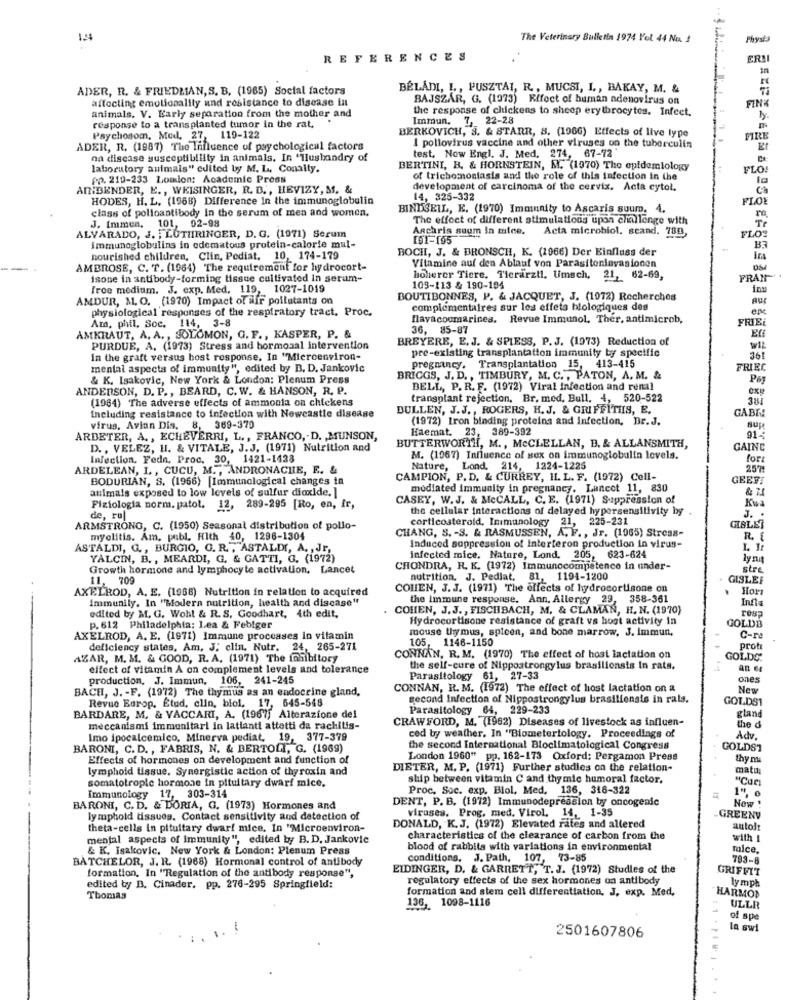
124
The Veterinary Bulletin 1974 Yol 44 No. !
REFERENCES
ER!I
ADER, R. & FRIEDMAN, S. B. (1965) Social factors
BELÁDI, I ., PUSZTAI, R ., MUCSI, I ., BAKAY, M. &
affecting emotionality und resistance to disease in
BAJSZÁR, G. (1973) Effect of human adenovirus on
FINK
animals. V. Early separation from the mother and
the response of chickens to sheep erythrocytes. Infect.
Immun. 7, 22-28
response to a transplanted tumor in the rat,
BERKOVICH, S. & STARR, 8. (1966) Effects of live type
Psychosom, Med. 27, 119-122
FIRE
ADER, R. (1987) The Influence of psychological factors
I pollovirus vaccine and other viruses on the tuberculin
E
on disease susceptibility in animals. In "Husbandry of
test. Now Engl. J. Med. 274, 67-72
laboratory animals" edited by M. L. Conalty.
BERTINI, B. & HORNSTEIN, M. (1970) The epidemiology
FLO!
pp. 219-233 Lotion: Academic Press
of trichomoniasis and the role of this infection in the
ANIDENDER, E ., WKISINGER, R. D ., HEVIZY, M. &
development of carcinoma of the cervix. Acta cytol.
HODES, H. L. (1968) Difference In the immunoglobulin
14, 325-332
FLOE
class of polioantibody In the serum of men and women.
BINDSEIL, E. (1970) Immunity to Ascaris suum. 4.
The effect of different stimulations upon challenge with
Te
J. Immen. 101, 02-98
Aschris suum in mice.
Acta microbiol. scand. 780,
FLOS
ALVARADO, J. , LUTHRINGER, D. G. (1971) Serum
191-195
immunoglobulins in edematous protein-calorie mal-
BOCH, J. & BRONSCH, K. (1966) Der Einfluss der
BA
nourished children, Clin, Pediat, 10, 174-179
AMBROSE, C. T. (1964) The requirement for hydrocort-
Vitamine auf den Ablauf von Parasiteninvasionen
OM
Isone in antibody-forming tissue cultivated in serum-
hoherer Tiere, Tierarztl, Umsch, 21, 62-69,
FRAN
Froe medium. J. exp. Med, 119, 1027-1019
103-113 & 190-194
inu
AMDUR, M. O. (1970) Impact of mifr pollutants on
BOUTIBONNES, P. & JACQUET, J. (1972) Recherches
physiological responses of the respiratory tract. Proc.
complémentaires sur les effets biologiques des
Hlavacoumarines. Revue Immunol. Ther, antimicrob,
FRIEL
Am, phil. Soc. 114, 3-8
36, 85-87
AMKRAUT, A. A ., SOLOMON, G. F ., KASPER, P. &
BREYERE, E.J. & SPIESS, P.J. (1973) Reduction of
PURDUE, A. (1973) Stress and hormonal intervention
pre-existing transplantation immunity by specific
wIL
In the graft versus host response. In "Microenviron-
36
mental aspects of immunity", edited by B. D. Jankovic
pregnancy. Transplantation 15, 413-415
FRIEC
& K. Isakovic, New York & London: Plenum Press
BRIGGS, J. D ., TIMBURY, M. C ., PATON, A. M. &
P&y
ANDERSON, D. P ., BEARD, C. W. & HANSON, R. P.
BELL, P. R. F. (1972) Viral Infection and renal
(1984) The adverse effects of ammonia on chickens
transplant rejection, Br. med. Bull, 4, 520-522
381
Including resistance to infection with Newcastle disease
BULLEN, J.J ., ROGERS, H. J. & GRIFFITHIS, E.
GABLE
(1972) Iron binding proteins and Infection, Dr.J.
virus, Avian Dis. 8, 369-370
Haemat. 23, 389-392
sup
ARDETER, A ., ECHEVERRI, L ., FRANCO ,. D. , MUNSON,
91-
D ., VELEZ, H. & VITALE, J.J. (1971) Nutrition and
BUTTERWORTH, M ., MCCLELLAN, B. & ALLANSMITH,
GAINC
Infection. Fedn. Proc. 30, 1421-1428
M. (1967) Influence of sex on immunoglobulin levels.
fort
ARDELEAN, I. , CUCU, M .,, ANDRONACHIE, E. &
Nature, Lond. 214, 1224-1225
257
BODURIAN, S. (1966) [Immunological changes in
CAMPION, P. D. & CURREY, H. L. F. (1972) Cell-
GEEVI
animals exposed to low levels of sulfur dioxide. ]
modiated immunity in pregnancy. Lancet 11, 830
& T
CASEY, W.J. & MeCALL, C. E. (1971) Suppression of
Kwa
Fisiologia norm. patol. 12, 289-295 [Ro, en, fr,
the cellular interactions of delayed hypersensitivity by
J. .
de, rul
corticosteroid, Immunology 21, 225-231
ARMSTRONG, C. (1950) Seasonal distribution of pollo-
CHANG, S. - S. & RASMUSSEN, A. F ., JF. (1965) Stress-
GIBLET
myelitis. Am, publ. Hlth 40, 1296-1304
R. f
ASTALDI, G ., BURGIO, G. R. , ASTALDI, A. , JE,
Induced suppression of Interferon production in virus-
1. It
YALCIN, B ., MEARDI, G. & GATTI, G. (1972)
infected mice. Nature, Lond. 205, 623-624
ly nat
Growth hormone and lymphocyte activation. Lancet
CHONDRA, R. K. (1972) Immunocompetence in under-
stre
11, 709
nutrition. J. Pediat,
81, 1194-1200
GISLEF
AXELROD, A. E. (1968) Nutrition in relation to acquired
COHEN, J. J. (1971) The effects of hydrocortisone on
Hors
Immunily. In "Modern nutrition, health and disease"
the immune response. Ann. Allergy 29, 358-361
Infla
COHEN, J. J ., FISCHBACH, M. & CLAMAN, H. N. (1970)
edited by M. G. Wohl & R. S. Goodhart, 4th edit,
Hydrocortisone resistance of graft vs hoot activity in
GOLDE
P. 612 Philadelphia: Lea & Febiger
mouse thymus, spicen, and bone marrow, J. immun,
AXELROD, A. E. (1971) Immune processes in vitamin
105,
1146-1150
C-re
deficiency states, Am. J; clin, Nutr. 24, 265-271
proti
AZAR, M. M. & GOOD, R. A. (1971) The inhibitory
CONNAN, R. M. (1970) The effect of host lactation on
GOLDS:
effect of vitamin A on complement levels and tolerance
the self-cure of Nippostrongylus brasiliensis In rats,
an €
production, J. Immun, 106, 241-245
Parasitology 61, 27-33
ones
BACH, J. - F. (1972) The thymus as an endocrine gland,
CONNAN, R. M. (1972) The effect of host lactation on a
New
second Infection of Nippostrongylus brasiliensis in rals.
GOLDS1
Revue Burop, Etud, clin, biol, 17, 545-548
Parasitology 64, 229-233
BARDARE, M. & VACCARI, A. (1967] Alterazione del
CRAWFORD, M. (1982) Diseases of livestock as influen-
gland
meccanismi immonitari in latlanti attetti da rachitis-
the d
Imo ipocalcemico, Minerva pediat, 19, 377-379
ced by weather. In "Biometertology. Proceedings of
Adv.
BARONI, C. D. , FABRIS, N. & BERTOLI, G. (1969)
the second International Bloclimatological Congress
GOLDS1
Effects of hormones on development and function of
London 1960" pp. 162-173 Oxford: Pergamon Press
thy m
lymphold tissue, Synergistic action of thyroxin and
DIETER, M. P. (1971) Further studies on the relation-
matu
ship between vitamin C and thymic humoral factor.
"Cues
somatotropic hormone in pituitary dwarf mice,
Proc. Soc. exp. Biol, Med, 136, 316-322
1" e
Immunology 17, 303-314
Now .
BARONI, C. D. & DORIA, G. (1973) Hormones and
DENT, P. B. (1972) Immunodepression by oncogenic
viruses. Prog. med. Virol. 14, 1-35
lymphold tissues. Contact sensitivity and detection of
GREENV
theta-cells in pituitary dwarf mice. In "Microenviron-
DONALD, K.J. (1972) Elevated rates and allered
autolt
mental aspects of Immunity", edited by B. D. Jankovic
characteristics of the clearance of carbon from the
with 1
& K. Isakovic. New York & London: Plenum Press
blood of rabbits with variations in environmental
mice.
BATCHELOR, J. R. (1968) Hormonal control of antibody
conditions. J. Path, 107, 73-85
793-8
EIDINGER, D. & GARRETT, T. J. (1972) Studies of the
GRIFFIT
formation, In "Regulation of the antibody response",
regulatory effects of the sex hormones on antibody
lymph
edited by B. Cinader. pp. 276-295 Springfield:
formation and stem cell differentiation. J. exp. Med.
Thomas
136, 1098-1116
HARMON
ULLR
of sp
la swi
2501607806